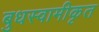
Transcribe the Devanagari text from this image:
बुधस्वामीकृत